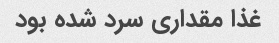
غذا مقداری سرد شده بود